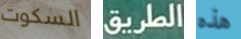
السكوت الطريق هذه